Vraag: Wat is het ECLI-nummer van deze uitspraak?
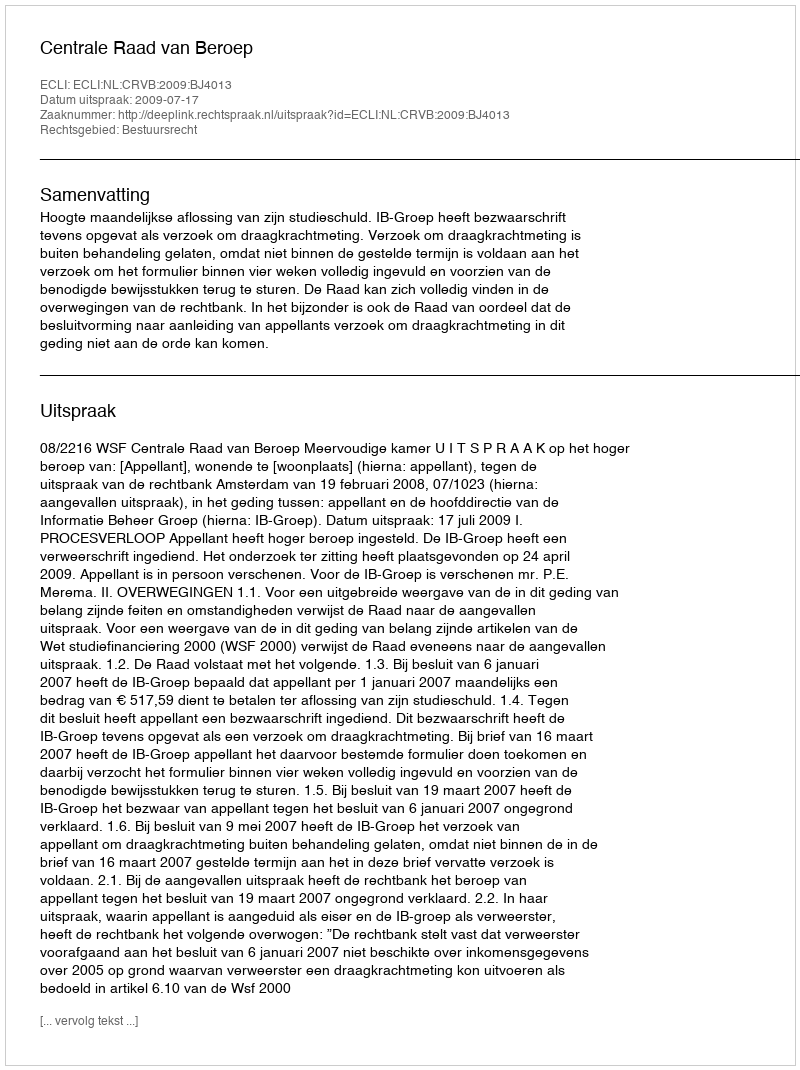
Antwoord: ECLI:NL:CRVB:2009:BJ4013